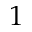
1